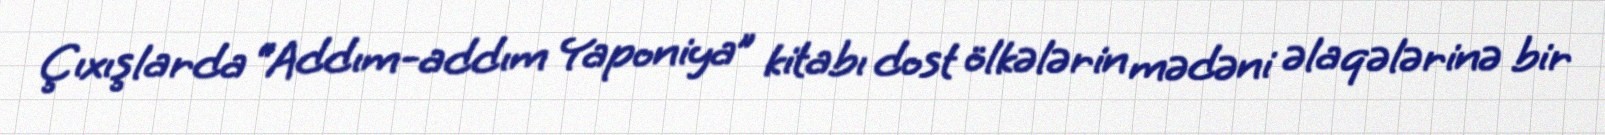
Çıxışlarda “Addım-addım Yaponiya” kitabı dost ölkələrin mədəni əlaqələrinə bir